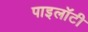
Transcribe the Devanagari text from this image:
पाइलॉटी